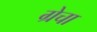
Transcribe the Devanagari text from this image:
ग्रेचा